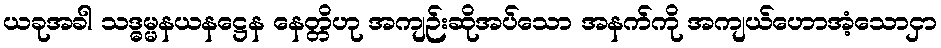
ယခုအခါ သဒ္ဓမ္မနယနဋ္ဌေန နေတ္တိဟု အကျဉ်းဆိုအပ်သော အနက်ကို အကျယ်ဟောအံ့သောငှာ